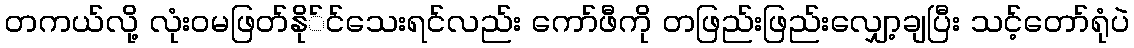
တကယ်လို့ လုံးဝမဖြတ်နို်င်သေးရင်လည်း ကော်ဖီကို တဖြည်းဖြည်းလျှော့ချပြီး သင့်တော်ရုံပဲ